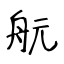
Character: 𦨞